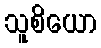
သူစိယော